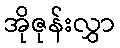
အိုဇုန်းလွှာ